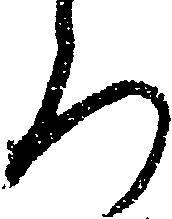
ち